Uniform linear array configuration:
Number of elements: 24
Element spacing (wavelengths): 1
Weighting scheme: hann
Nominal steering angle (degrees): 60
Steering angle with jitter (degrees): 59.794
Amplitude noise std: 0.05
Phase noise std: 0.05

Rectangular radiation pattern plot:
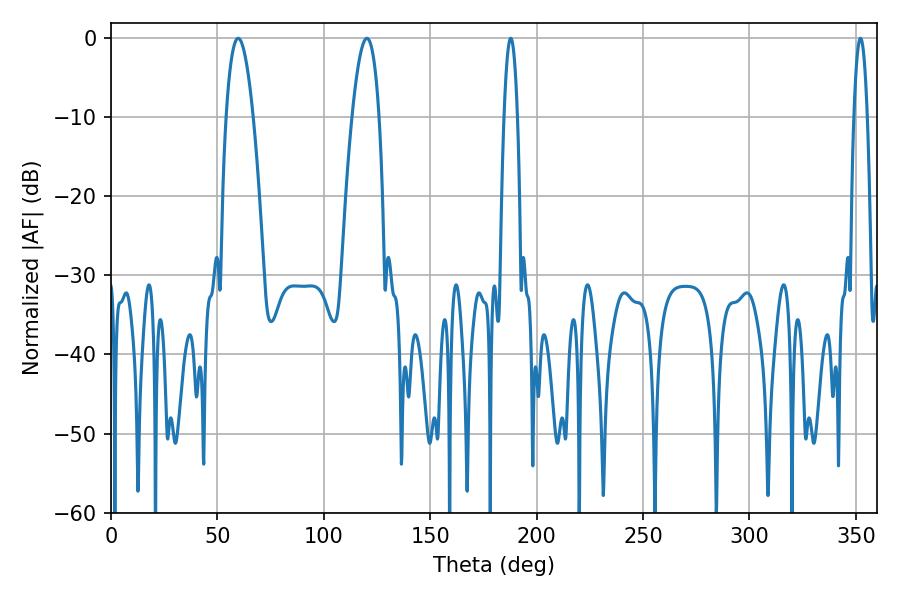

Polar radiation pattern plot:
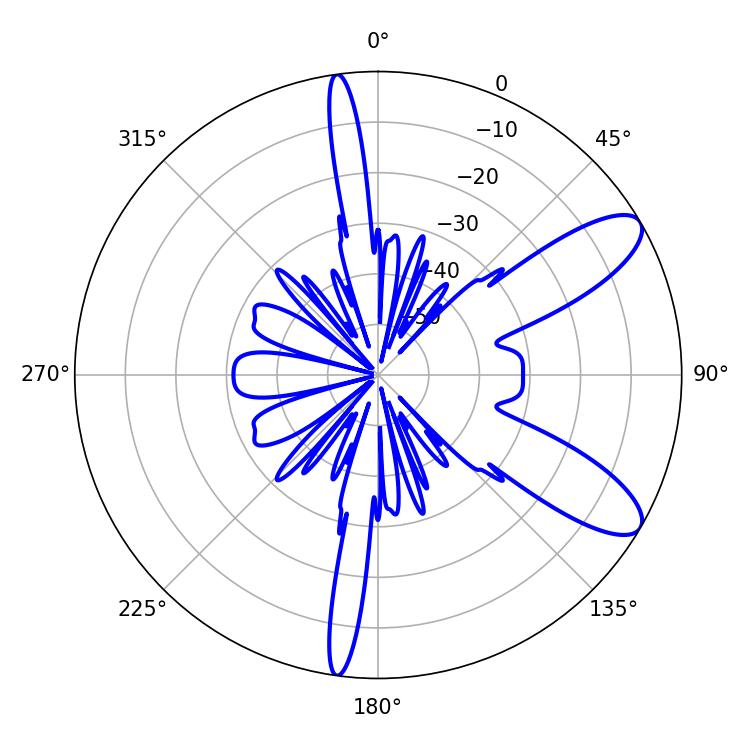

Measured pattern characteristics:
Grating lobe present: TRUE
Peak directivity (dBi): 9.785
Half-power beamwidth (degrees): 7.02
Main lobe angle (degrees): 59.76